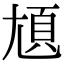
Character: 𡯺